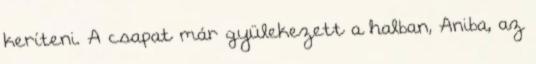
keríteni. A csapat már gyülekezett a halban, Aniba, az